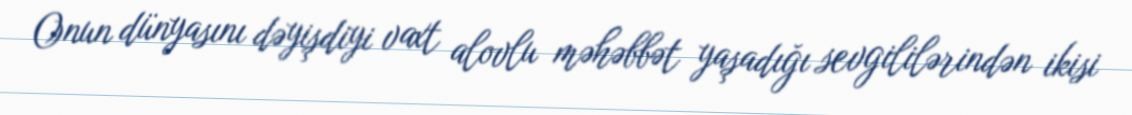
Onun dünyasını dəyişdiyi vaxt alovlu məhəbbət yaşadığı sevgililərindən ikisi